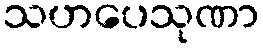
သဟပေသုဏာ